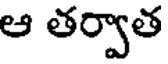
ఆ తర్వాత